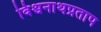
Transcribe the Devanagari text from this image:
विश्वनाथप्रताप